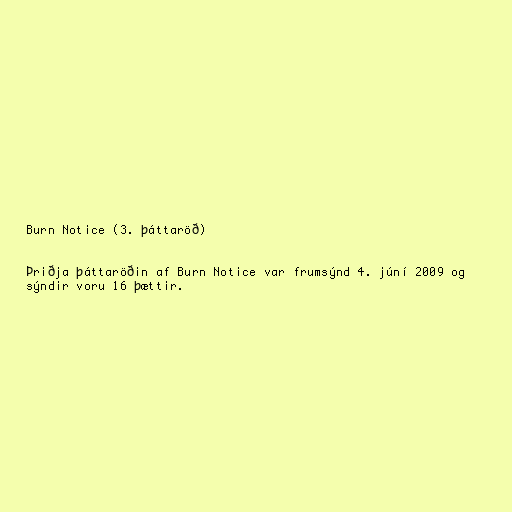
Burn Notice (3. þáttaröð)

Þriðja þáttaröðin af Burn Notice var frumsýnd 4. júní 2009 og
sýndir voru 16 þættir.